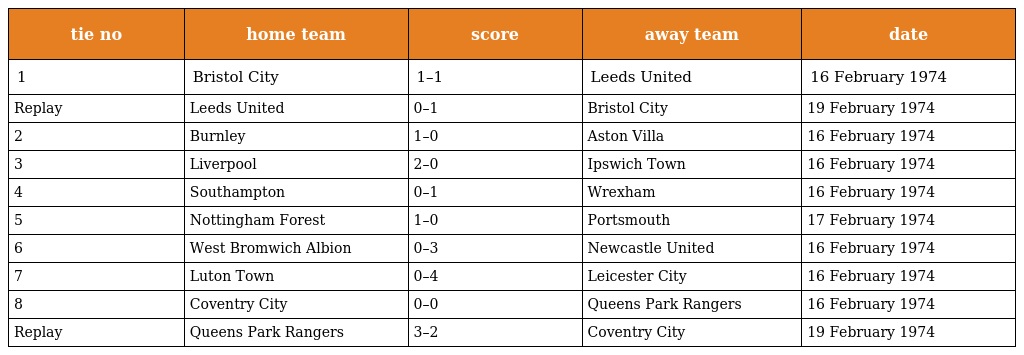
| tie no | home team | score | away team | date |
 | --- | --- | --- | --- | --- |
 | 1 | Bristol City | 1–1 | Leeds United | 16 February 1974 |
 | Replay | Leeds United | 0–1 | Bristol City | 19 February 1974 |
 | 2 | Burnley | 1–0 | Aston Villa | 16 February 1974 |
 | 3 | Liverpool | 2–0 | Ipswich Town | 16 February 1974 |
 | 4 | Southampton | 0–1 | Wrexham | 16 February 1974 |
 | 5 | Nottingham Forest | 1–0 | Portsmouth | 17 February 1974 |
 | 6 | West Bromwich Albion | 0–3 | Newcastle United | 16 February 1974 |
 | 7 | Luton Town | 0–4 | Leicester City | 16 February 1974 |
 | 8 | Coventry City | 0–0 | Queens Park Rangers | 16 February 1974 |
 | Replay | Queens Park Rangers | 3–2 | Coventry City | 19 February 1974 |